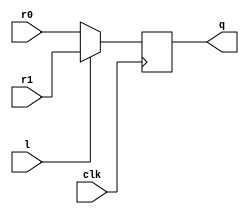
module sub_mudule(
    input clk,
    input l,
    input r0,
    input r1,
    output q
    );
    reg d;
    assign q = d;
    always @(posedge clk ) begin
        d<=(l==1'b0)?r0:r1;
    end
endmodule

module top_module (
    input [2:0] SW,      // R
    input [1:0] KEY,     // L and clk
    output [2:0] LEDR);  // Q
    sub_mudule sub_mudule_inst1(.clk(KEY[0]),.l(KEY[1]),.r0(LEDR[2]),.r1(SW[0]),.q(LEDR[0]));
    sub_mudule sub_mudule_inst2(.clk(KEY[0]),.l(KEY[1]),.r0(LEDR[0]),.r1(SW[1]),.q(LEDR[1]));
    sub_mudule sub_mudule_inst3(.clk(KEY[0]),.l(KEY[1]),.r0(LEDR[2]^LEDR[1]),.r1(SW[2]),.q(LEDR[2]));

endmodule